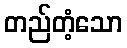
တည်တံ့သော